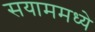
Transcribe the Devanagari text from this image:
सयाममध्ये